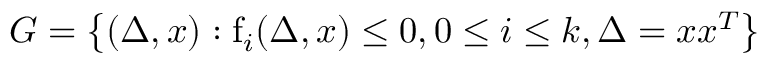
G = \left\{ ( \Delta , x ) : \mathrm { { f } } _ { i } ( \Delta , x ) \leq 0 , 0 \leq i \leq k , \Delta = x x ^ { T } \right\}